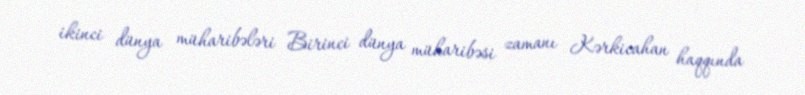
ikinci dünya müharibələri Birinci dünya müharibəsi zamanı Kərkicahan haqqında